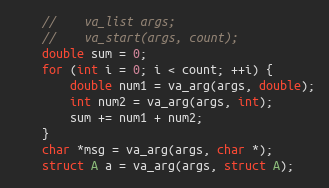
Language: C
    //    va_list args;
    //    va_start(args, count);
    double sum = 0;
    for (int i = 0; i < count; ++i) {
        double num1 = va_arg(args, double);
        int num2 = va_arg(args, int);
        sum += num1 + num2;
    }
    char *msg = va_arg(args, char *);
    struct A a = va_arg(args, struct A);